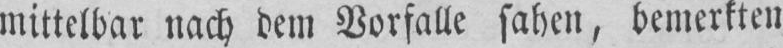
miltelbar nach dem Vorfalle sahe», beiuerkteu